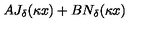
A J _ { \delta } ( \kappa x ) + B N _ { \delta } ( \kappa x )